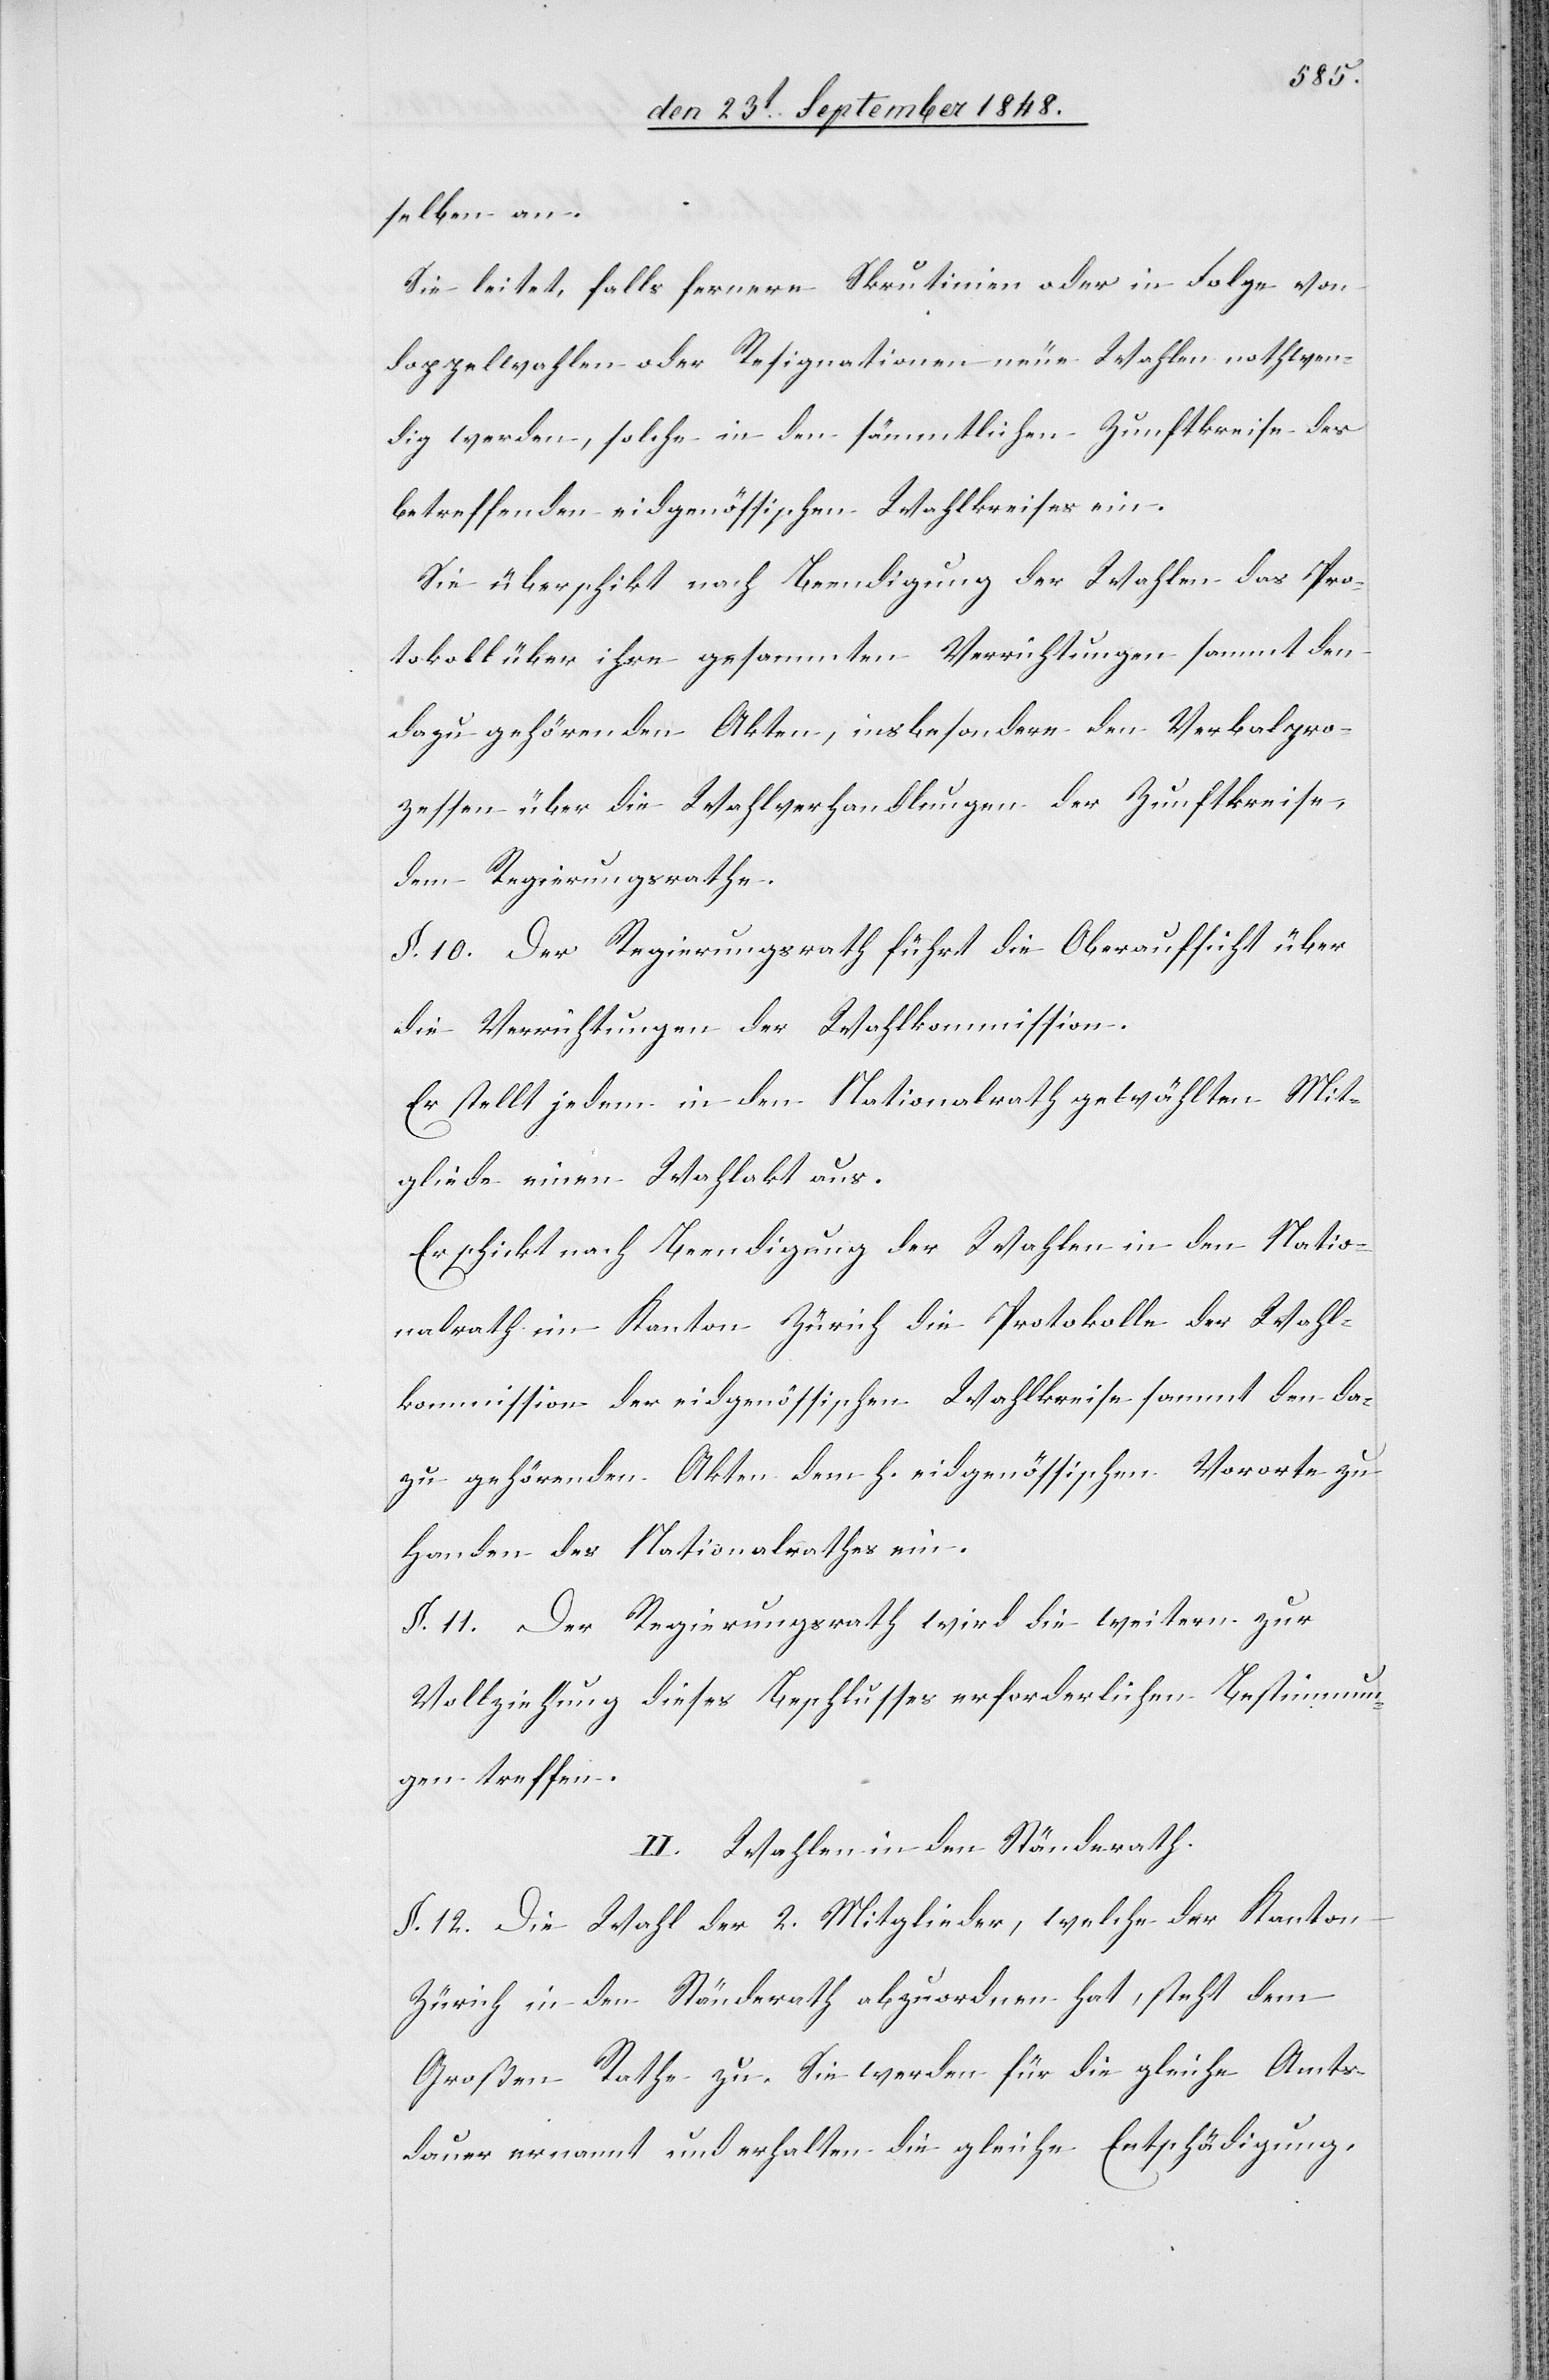
selben an.
Sie leitet, falls fernere Skrutinien oder in Folge von
Doppelwahlen oder Resignationen neue Wahlen nothwen¬
ig werden, solche in den sämmtlichen Zunftkreise des
betreffenden eidgenössischen Wahlkreises ein.
Sie überschikt nach Beendigung der Wahlen das Pro¬
tokoll über ihre gesammten Verrichtungen sammt den
dazu gehörenden Akten, insbesondere den Verbalpro¬
zessen über die Wahlverhandlungen der Zunftkreise,
dem Regierungsrathe.
§. 10. Der Regierungsrath führt die Oberaufsicht über
die Verrichtungen der Wahlkommission.
Er stellt jedem in den Nationalrath gewählten Mit¬
gliede einen Wahlakt aus.
Er schickt nach Beendigung der Wahlen in den Natio¬
nalrath im Kanton Zürich die Protokolle der Wahl¬
kommission der eidgenössischen Wahlkreise sammt den da¬
zu gehörenden Akten dem h. eidgenössischen Vororte zu
Handen des Nationalrathes ein.
§. 11. Der Regierungsrath wird die weitern zur
Vollziehung dieses Beschlusses erforderlichen Bestimmun¬
gen treffen.
II. Wahlen in den Ständerath.
§. 12. Die Wahl der 2. Mitglieder, welche der Kanton
Zürich in den Ständerath abzuordnen hat, steht dem
Großen Rathe zu. Sie werden für die gleichen Amts¬
dauer ernannt und erhalten die gleiche Entschädigung